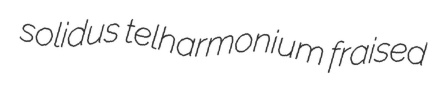
solidus telharmonium fraised